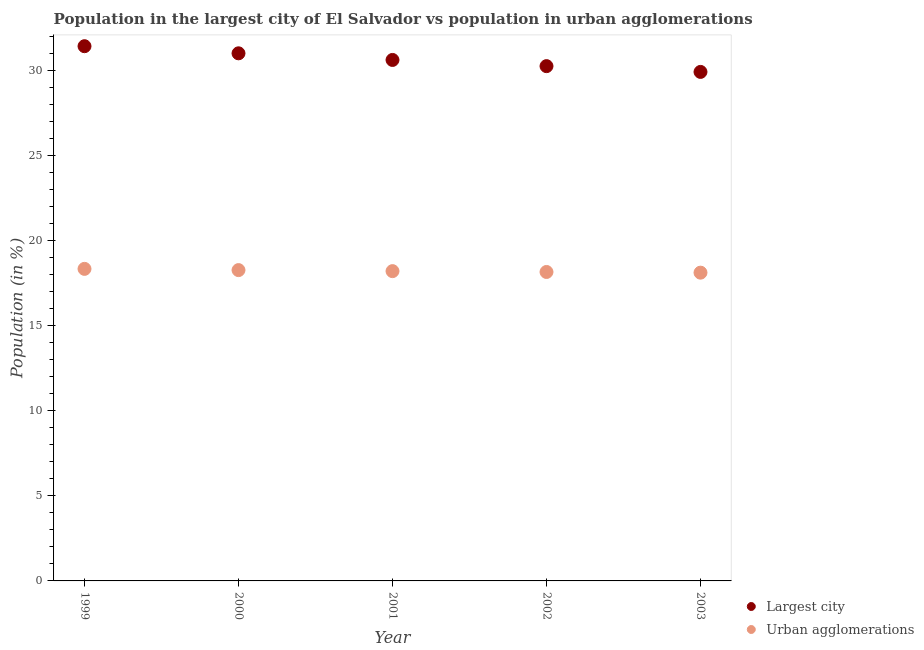
| Year | Largest city | Urban agglomerations |
 | --- | --- | --- |
 | 1999 | 31.4 | 18.3 |
 | 2000 | 31 | 18.3 |
 | 2001 | 30.6 | 18.2 |
 | 2002 | 30.3 | 18.2 |
 | 2003 | 29.9 | 18.1 |